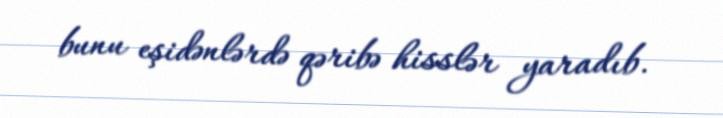
bunu eşidənlərdə qəribə hisslər yaradıb.